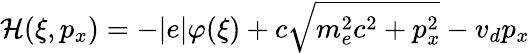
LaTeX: \mathcal{H}(\xi,p_{x})=-|e|\varphi(\xi)+c\sqrt{m_{e}^{2}c^{2}+p_{x}^{2}}-v_{d}p_{x}